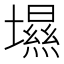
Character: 㙷